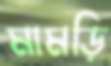
মামড়ি